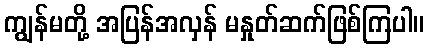
ကျွန်မတို့ အပြန်အလှန် မနှုတ်ဆက်ဖြစ်ကြပါ။